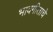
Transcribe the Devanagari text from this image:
भावगीताचे